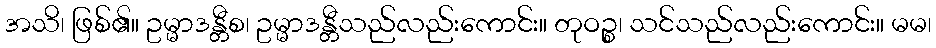
အသိ၊ ဖြစ်၏။ ဥမ္မာဒန္တီစ၊ ဥမ္မာဒန္တီသည်လည်းကောင်း။ တုဝဉ္စ၊ သင်သည်လည်းကောင်း။ မမ၊